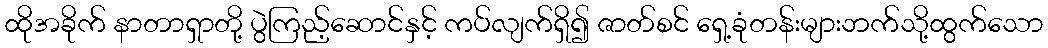
ထိုအခိုက် နာတာရှာတို့ ပွဲကြည့်ဆောင်နှင့် ကပ်လျက်ရှိ၍ ဇာတ်စင် ရှေ့ခုံတန်းများဘက်သို့ထွက်သော